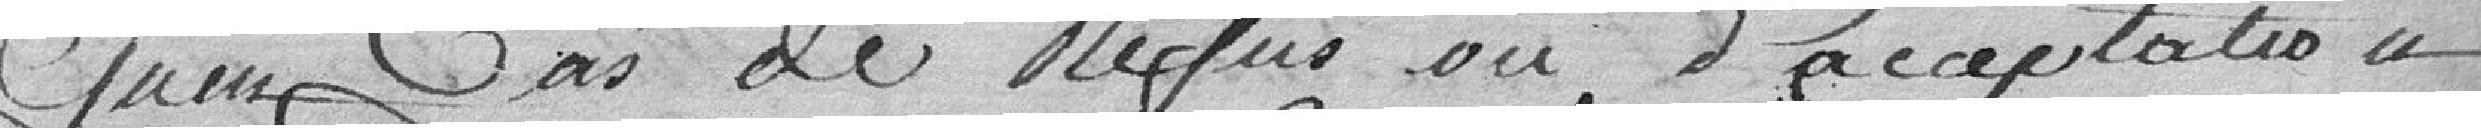
qu'en cas de refus où d'acceptation